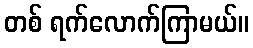
တစ် ရက်လောက်ကြာမယ်။